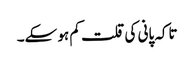
تاکہ پانی کی قلت کم ہو سکے۔